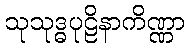
သုသုဒ္ဓပုဠိနာကိဏ္ဏာ